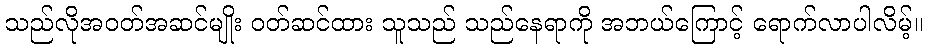
သည်လိုအဝတ်အဆင်မျိုး ဝတ်ဆင်ထား သူသည် သည်နေရာကို အဘယ်ကြောင့် ရောက်လာပါလိမ့်။